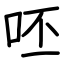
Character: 呸